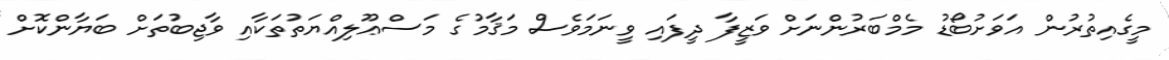
މީގެއިތުރުން އަވަށުބޯޑު މެމްބަރުންނަށް ވަޒީފާ ދީފައި ވީނަމަވެސް މަޤާމުގެ މަސްޢޫލިއްޔަތުތަކާއި ވާޖިބުތަށް ބަޔާންކޮށް